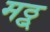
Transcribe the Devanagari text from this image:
मठ्ठ्